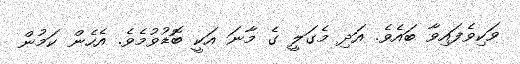
ވަކިވެފައިވާ ބައެވެ. އަދި މެގަލީ ގެ މާނަ އަކީ ބޮޑުވުމެވެ. އެހެން ކަމުން